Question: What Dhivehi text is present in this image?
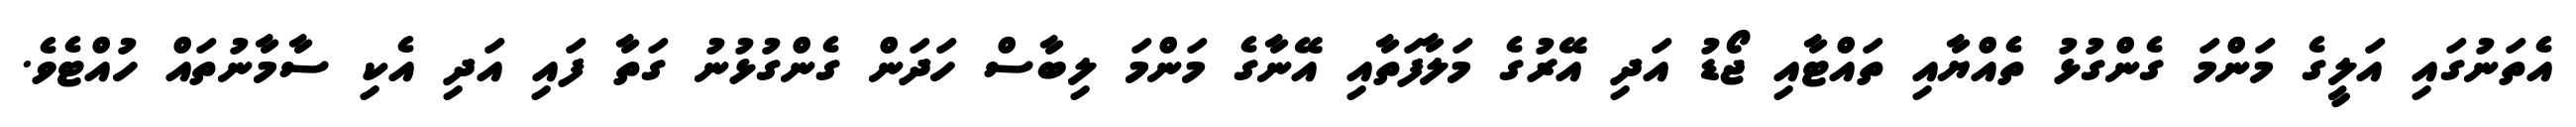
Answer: އެތަނުގައި އަލީގެ މަންމަ ގެންގުޅު ތެއްޔާއި ތައްޓާއި ޖޯޑު އަދި އޭރުގެ މަލާފަތާއި އޭނާގެ މަންމަ ލިބާސް ހަދަން ގެންގުޅުނު ގަތާ ފައި އަދި އެކި ސާމާނުތައް ހުއްޓެވެ.